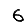
Digit: 6